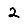
Digit: 2